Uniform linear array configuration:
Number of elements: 32
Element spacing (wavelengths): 0.75
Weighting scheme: uniform
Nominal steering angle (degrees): -30
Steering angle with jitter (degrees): -28.522
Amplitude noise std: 0.05
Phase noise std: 0.05

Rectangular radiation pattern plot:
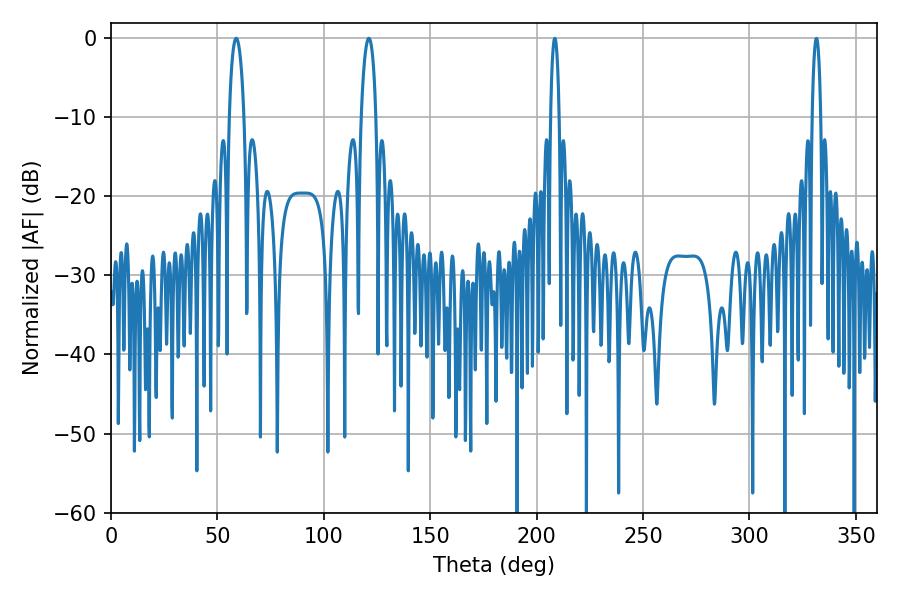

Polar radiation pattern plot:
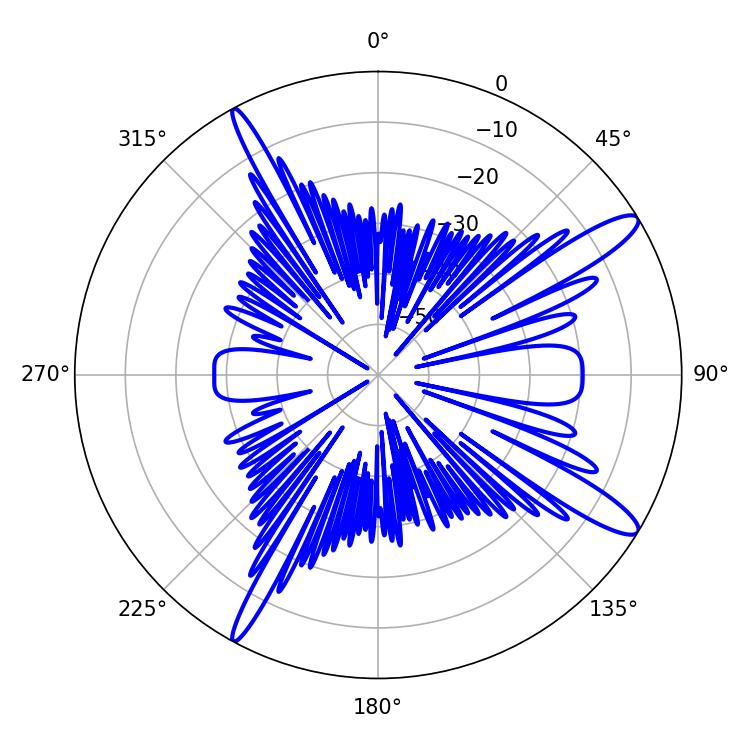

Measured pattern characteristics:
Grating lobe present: TRUE
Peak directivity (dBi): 13.317
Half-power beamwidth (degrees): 3.96
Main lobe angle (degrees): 58.86